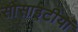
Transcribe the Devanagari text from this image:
सोसाइटीयां